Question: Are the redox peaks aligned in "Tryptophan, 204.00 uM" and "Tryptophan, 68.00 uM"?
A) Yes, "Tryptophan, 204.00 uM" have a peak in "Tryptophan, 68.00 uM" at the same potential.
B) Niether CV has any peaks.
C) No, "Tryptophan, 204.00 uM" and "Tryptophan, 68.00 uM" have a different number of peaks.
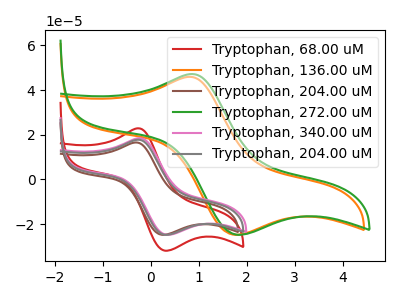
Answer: <think>The red curve "Tryptophan, 68.00 uM" has an anodic peak at (-0.25V, 22.90uA) and a cathodic peak at (0.30V, -31.85uA). The orange curve "Tryptophan, 136.00 uM" has an anodic peak at (0.80V, 45.90uA) and a cathodic peak at (1.75V, -24.70uA). The brown curve "Tryptophan, 204.00 uM" has an anodic peak at (-0.30V, 16.55uA) and a cathodic peak at (0.25V, -24.75uA). The green curve "Tryptophan, 272.00 uM" has an anodic peak at (0.85V, 47.15uA) and a cathodic peak at (1.80V, -24.70uA). The pink curve "Tryptophan, 340.00 uM" has an anodic peak at (-0.25V, 18.45uA) and a cathodic peak at (0.35V, -24.70uA). The gray curve "Tryptophan, 204.00 uM" has an anodic peak at (-0.25V, 17.75uA) and a cathodic peak at (0.30V, -24.70uA).</think>
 <answer>A) Yes, "Tryptophan, 204.00 uM" have a peak in "Tryptophan, 68.00 uM" at the same potential.</answer>
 <eval>A</eval>